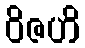
ဝိဇဟိ